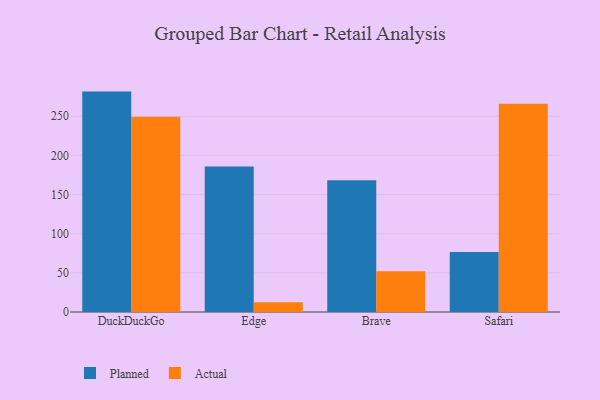
{"axis": {"x": "Browser", "y": "Shipments"}, "legend": ["Actual", "Planned"], "data": [{"x": "DuckDuckGo", "y": 281.5, "type": "Planned"}, {"x": "DuckDuckGo", "y": 249.4, "type": "Actual"}, {"x": "Edge", "y": 185.9, "type": "Planned"}, {"x": "Edge", "y": 12.5, "type": "Actual"}, {"x": "Brave", "y": 168.3, "type": "Planned"}, {"x": "Brave", "y": 52.0, "type": "Actual"}, {"x": "Safari", "y": 76.5, "type": "Planned"}, {"x": "Safari", "y": 266.1, "type": "Actual"}]}